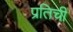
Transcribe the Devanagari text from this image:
प्रतिची